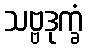
သဗ္ဗဒုက္ခံ